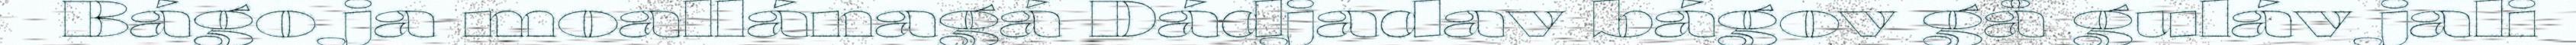
Bágo ja moallánagá Dádjadav bágov gå guláv jali